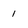
Character: 1